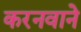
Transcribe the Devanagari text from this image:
करनवाने